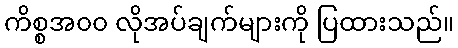
ကိစ္စအ၀၀ လိုအပ်ချက်များကို ပြထားသည်။